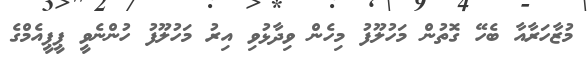
މުޒާހަރާއާ ބެހޭ ގޮތުން މަހުލޫފު މިހެން ވިދާޅުވި އިރު މަހުލޫފު ހުންނެވީ ޕީޕީއެމްގެ